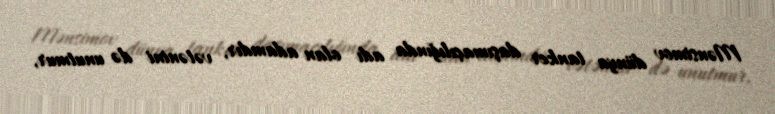
Mənsimov dünya tanker daşımaçılığında adı olan adamdır, vətənini də unutmur,